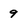
Character: 9